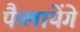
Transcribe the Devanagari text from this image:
फैलायेंगे